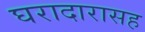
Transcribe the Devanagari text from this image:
घरादारासह